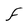
Character: F